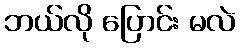
ဘယ်လို ပြောင်း မလဲ